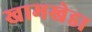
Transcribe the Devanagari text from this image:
खामखेडा